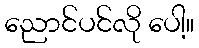
ညောင်ပင်လို ပေါ့။